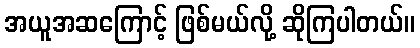
အယူအဆကြောင့် ဖြစ်မယ်လို့ ဆိုကြပါတယ်။